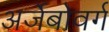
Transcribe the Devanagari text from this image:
अर्जेबोवर्ग